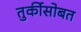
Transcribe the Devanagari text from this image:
तुर्कीसोबत